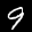
Label: 9